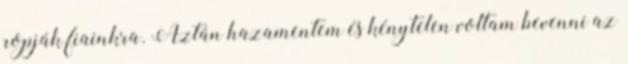
ropják fiainkra. Aztán hazamentem és kénytelen voltam bevenni az